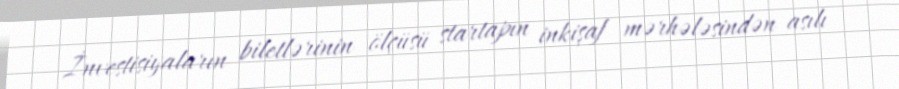
İnvestisiyaların biletlərinin ölçüsü startapın inkişaf mərhələsindən asılı